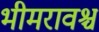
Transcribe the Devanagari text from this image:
भीमरावश्च